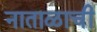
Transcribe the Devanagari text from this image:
नाताळाची